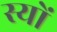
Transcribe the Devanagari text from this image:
स्यों